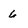
Character: 6